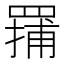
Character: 𬙤